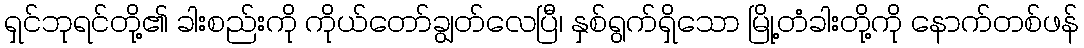
ရှင်ဘုရင်တို့၏ ခါးစည်းကို ကိုယ်တော်ချွတ်လေပြီ၊ နှစ်ရွက်ရှိသော မြို့တံခါးတို့ကို နောက်တစ်ဖန်